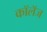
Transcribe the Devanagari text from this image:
कॉलॅज